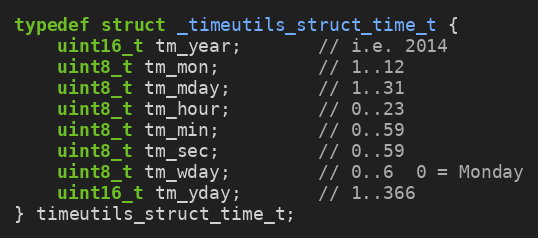
Language: C
typedef struct _timeutils_struct_time_t {
    uint16_t tm_year;       // i.e. 2014
    uint8_t tm_mon;         // 1..12
    uint8_t tm_mday;        // 1..31
    uint8_t tm_hour;        // 0..23
    uint8_t tm_min;         // 0..59
    uint8_t tm_sec;         // 0..59
    uint8_t tm_wday;        // 0..6  0 = Monday
    uint16_t tm_yday;       // 1..366
} timeutils_struct_time_t;